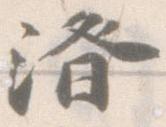
済